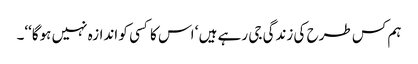
ہم کس طرح کی زندگی جی رہے ہیں ‘ اس کا کسی کو اندازہ نہیں ہوگا‘‘۔